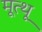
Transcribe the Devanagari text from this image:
मूत्थू